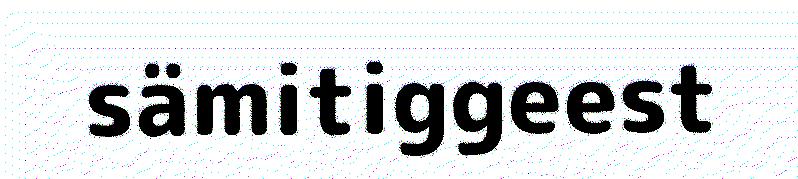
sämitiggeest